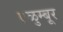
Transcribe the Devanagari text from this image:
एळुम्बूर